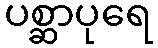
ပစ္ဆာပုရေ